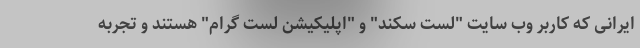
ایرانی که کاربر وب سایت "لست سکند" و "اپلیکیشن لست گرام" هستند و تجربه